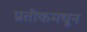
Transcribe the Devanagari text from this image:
प्रतीकमधून